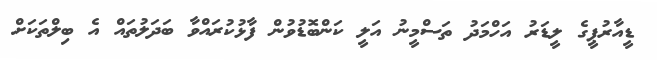
ޑީއާރުޕީގެ ލީޑަރު އަހްމަދު ތަސްމީނު އަލީ ކަންބޮޑުވުން ފާޅުކުރައްވާ ބަދަލުތައް އެ ބިލްތަކަށް